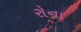
રોના